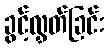
ခွင့်လွှတ်ခြင်း